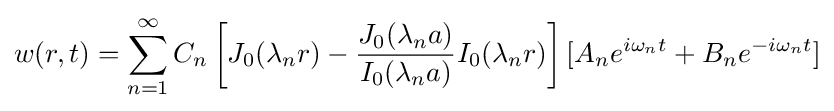
w(r,t)=\sum _{n=1}^{\infty }C_{n}\left[J_{0}(\lambda _{n}r)-{\frac {J_{0}(\lambda _{n}a)}{I_{0}(\lambda _{n}a)}}I_{0}(\lambda _{n}r)\right][A_{n}e^{i\omega _{n}t}+B_{n}e^{-i\omega _{n}t}]